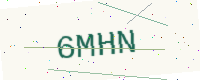
Text: 6MHN